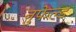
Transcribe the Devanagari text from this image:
नुफेल्ड